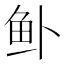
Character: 𱇎